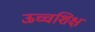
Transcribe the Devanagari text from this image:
ऊच्चशिक्ष